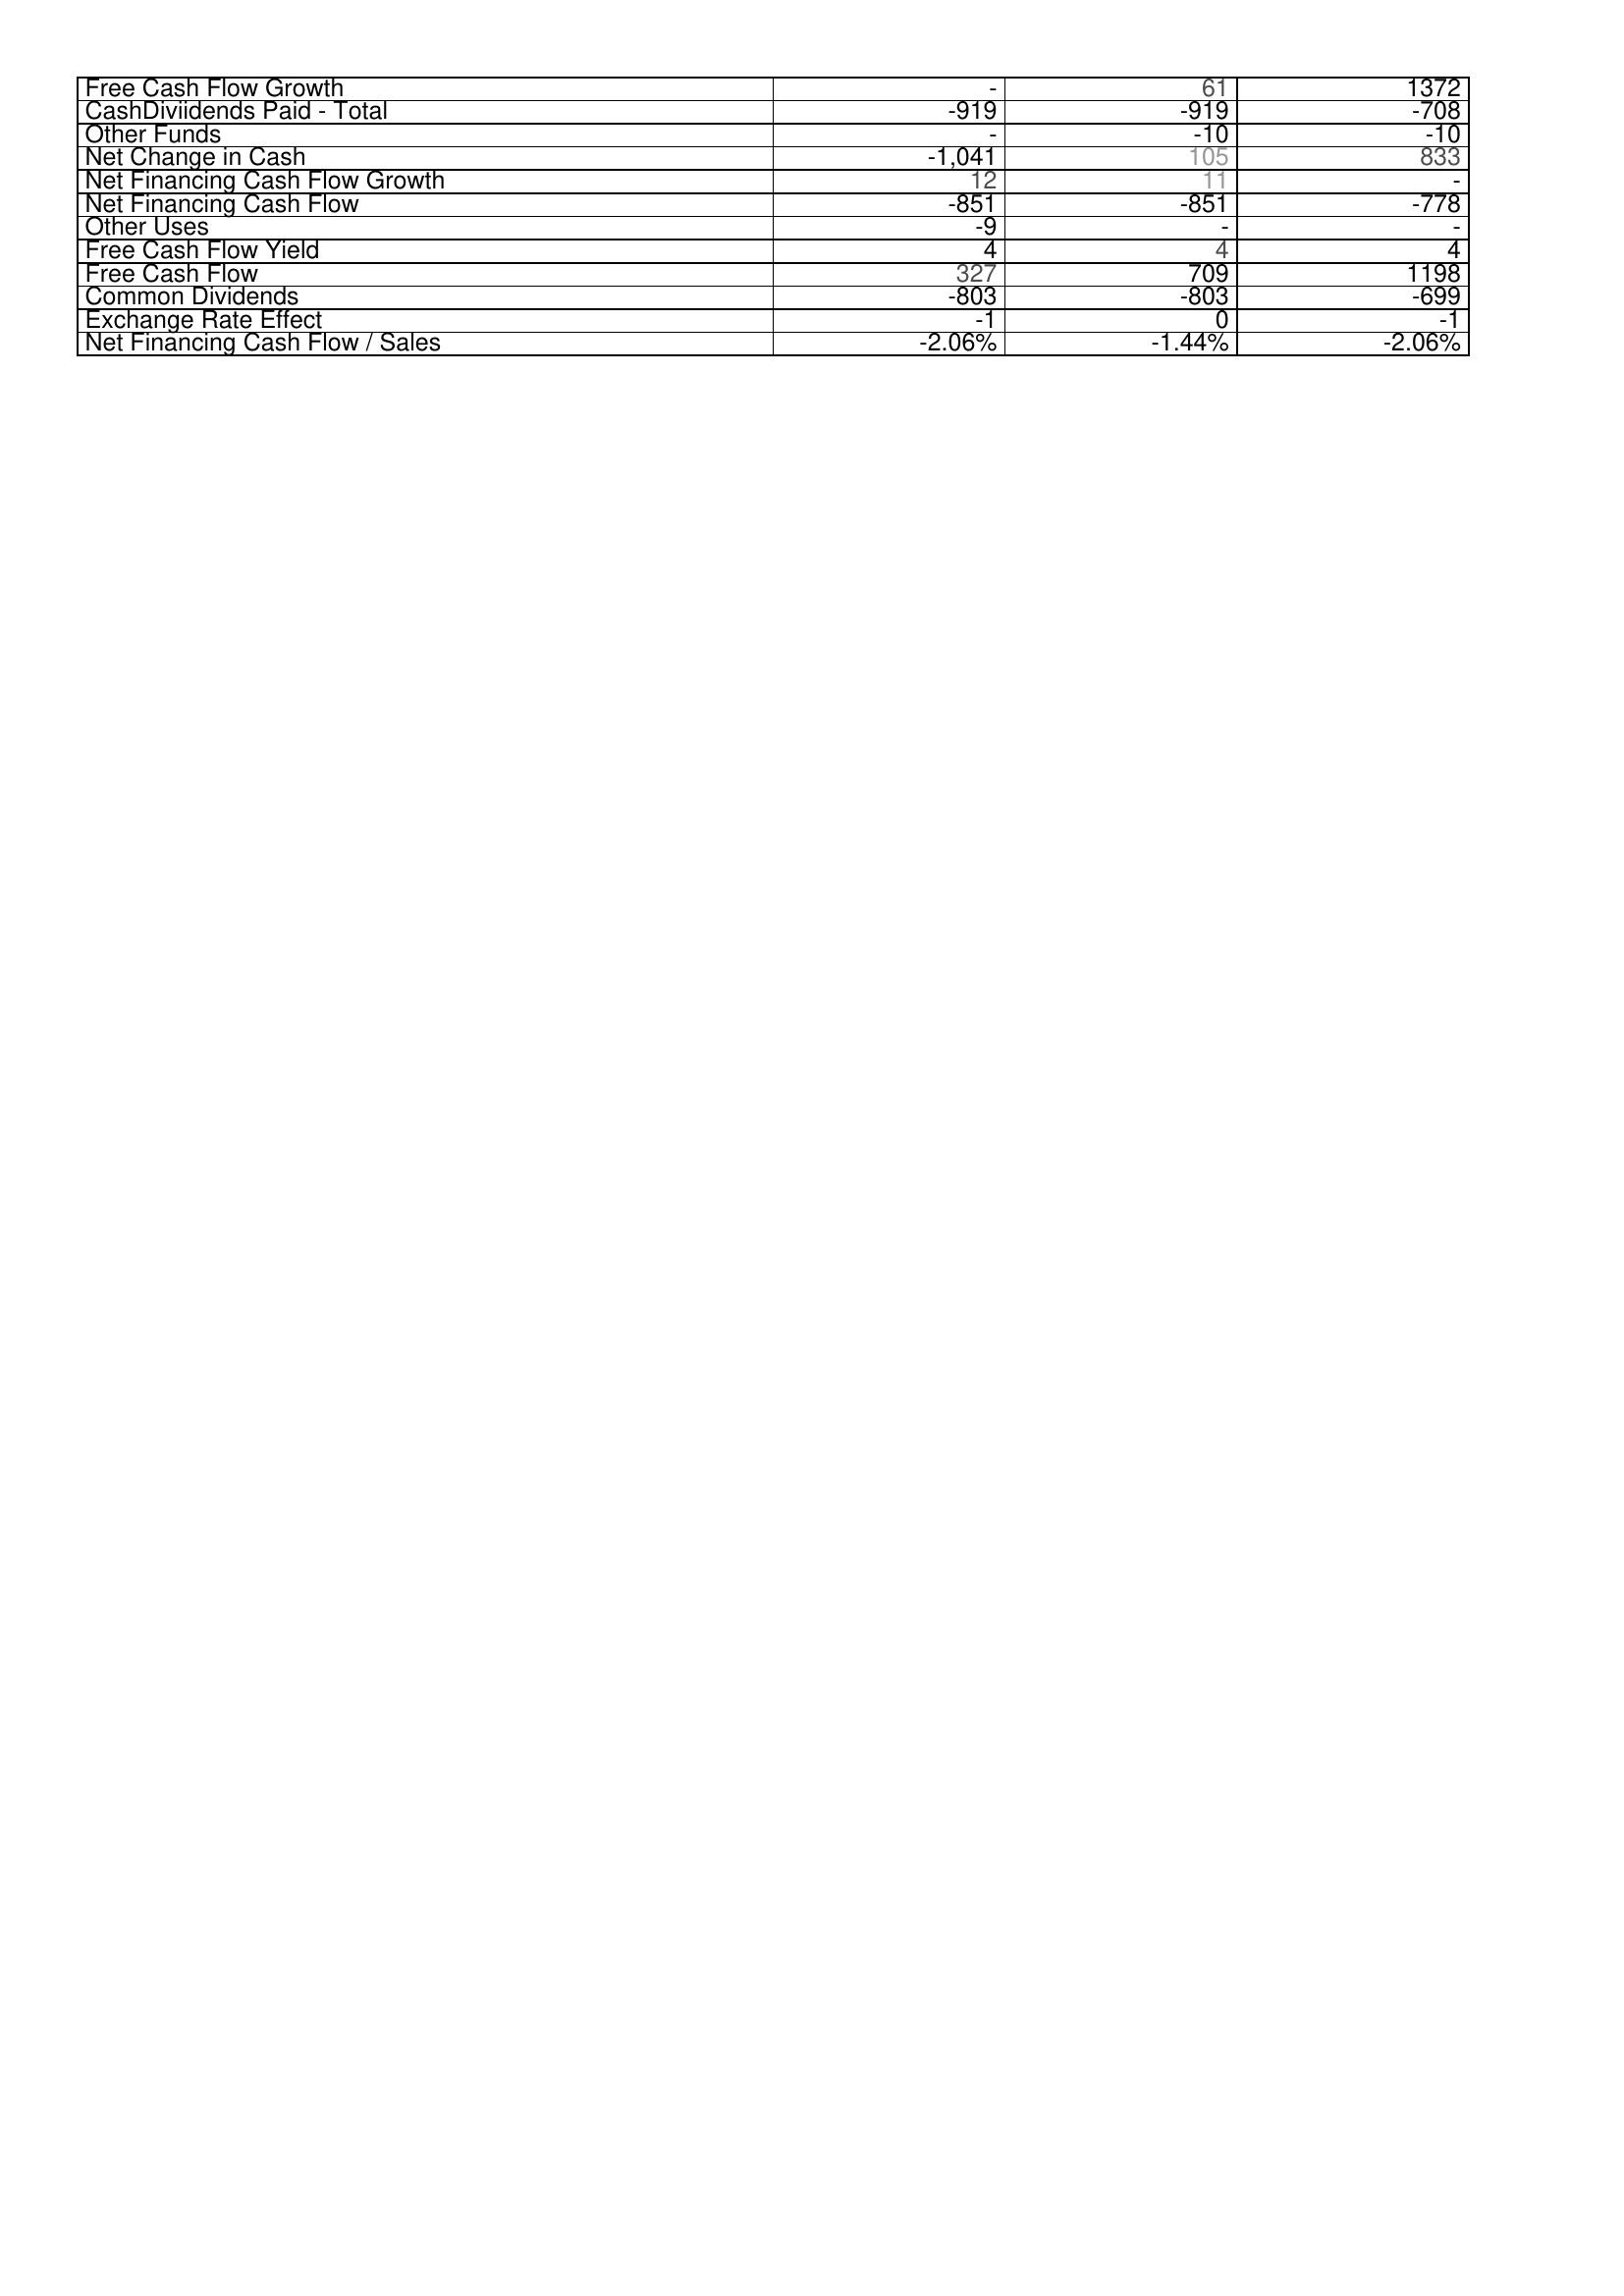
2012: Financing Activities: Free Cash Flow Growth: -
CashDiviidends Paid - Total: -919
Other Funds: -
Net Change in Cash: -1,041
Net Financing Cash Flow Growth: 12
Net Financing Cash Flow: -851
Other Uses: -9
Free Cash Flow Yield: 4
Free Cash Flow: 327
Common Dividends: -803
Exchange Rate Effect: -1
Net Financing Cash Flow / Sales: -2.06%
2011: Financing Activities: Free Cash Flow Growth: 61
CashDiviidends Paid - Total: -919
Other Funds: -10
Net Change in Cash: 105
Net Financing Cash Flow Growth: 11
Net Financing Cash Flow: -851
Other Uses: -
Free Cash Flow Yield: 4
Free Cash Flow: 709
Common Dividends: -803
Exchange Rate Effect: 0
Net Financing Cash Flow / Sales: -1.44%
2010: Financing Activities: Free Cash Flow Growth: 1372
CashDiviidends Paid - Total: -708
Other Funds: -10
Net Change in Cash: 833
Net Financing Cash Flow Growth: -
Net Financing Cash Flow: -778
Other Uses: -
Free Cash Flow Yield: 4
Free Cash Flow: 1198
Common Dividends: -699
Exchange Rate Effect: -1
Net Financing Cash Flow / Sales: -2.06%